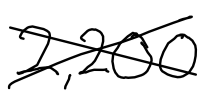
Text: 2,200
Cross-out: cross
Writing tool: digital_black